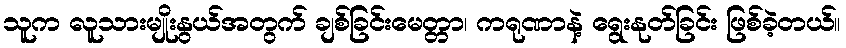
သူက လူသားမျိုးနွယ်အတွက် ချစ်ခြင်းမေတ္တာ၊ ကရုဏာနဲ့ ရွေးနုတ်ခြင်း ဖြစ်ခဲ့တယ်။